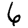
Digit: 6